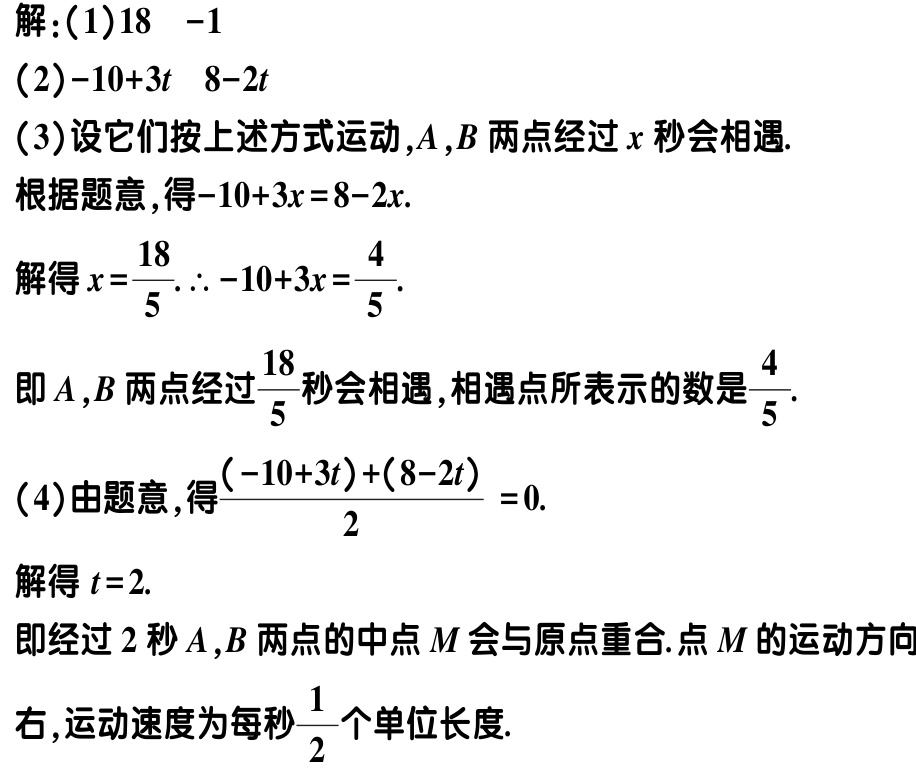
解：

(1) \(18\)  \(-1\)

(2) \(-10 + 3t\)  \(8 - 2t\)

(3)设它们按上述方式运动，\(A\)，\(B\)两点经过\(x\)秒会相遇.

根据题意，得\(-10 + 3x = 8 - 2x\).

解得\(x = \frac{18}{5}\). \(\therefore -10 + 3x = \frac{4}{5}\).

即\(A\)，\(B\)两点经过\(\frac{18}{5}\)秒会相遇，相遇点所表示的数是\(\frac{4}{5}\).

(4)由题意，得\(\frac{(-10 + 3t)+(8 - 2t)}{2} = 0\).

解得\(t = 2\).

即经过\(2\)秒\(A\)，\(B\)两点的中点\(M\)会与原点重合. 点\(M\)的运动方向

右，运动速度为每秒\(\frac{1}{2}\)个单位长度.